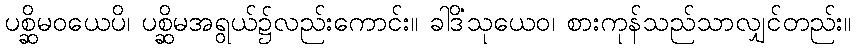
ပစ္ဆိမဝယေပိ၊ ပစ္ဆိမအရွယ်၌လည်းကောင်း။ ခါဒိံသုယေဝ၊ စားကုန်သည်သာလျှင်တည်း။